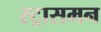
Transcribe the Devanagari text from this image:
स्ट्रासमन